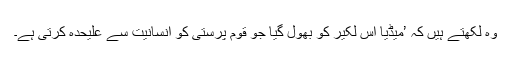
وہ لکھتے ہیں کہ ’میڈیا اس لکیر کو بھول گیا جو قوم پرستی کو انسانیت سے علیحدہ کرتی ہے۔